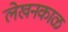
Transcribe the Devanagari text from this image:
लेखनकाळ